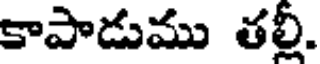
కాపాడుము తల్లీ.